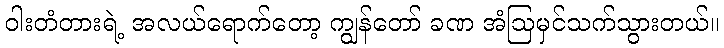
ဝါးတံတားရဲ့ အလယ်ရောက်တော့ ကျွန်တော် ခဏ အံဩမှင်သက်သွားတယ်။